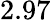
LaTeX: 2.97